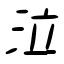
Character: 泣